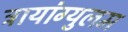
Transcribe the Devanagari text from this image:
ट्रायांग्युलम